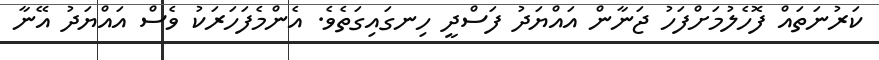
ކަރުނަތައް ފޮހެލުމަށްފަހު ޖަނާން އައްޔަދު ފަސްދީ ހިނގައިގަތެވެ. އެންމެފަހަރަކު ވެސް އައްޔަދު އޭނާ